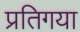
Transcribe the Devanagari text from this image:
प्रतिगया